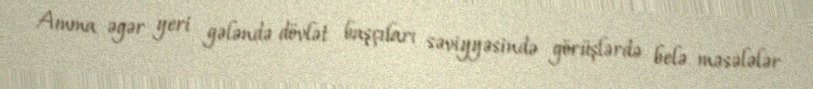
Amma əgər yeri gələndə dövlət başçıları səviyyəsində görüşlərdə belə məsələlər